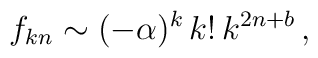
f_{kn} \sim (-\alpha)^k \, k! \, k^{2n+b} \, ,